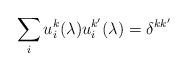
LaTeX: \begin{align*}\sum_i u^k_i(\lambda) u^{k^\prime}_i(\lambda) = \delta^{kk^\prime}\end{align*}